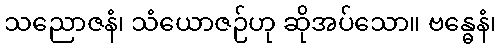
သညောဇနံ၊ သံယောဇဉ်ဟု ဆိုအပ်သော။ ဗန္ဓေနံ၊